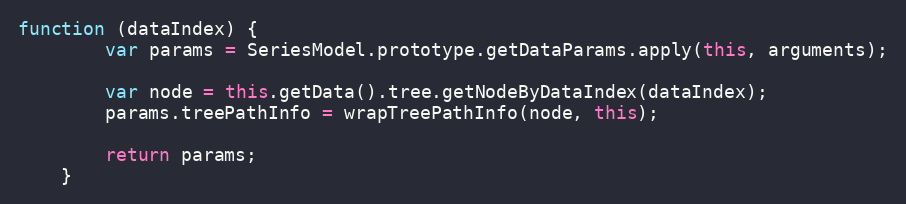
Language: JavaScript
function (dataIndex) {
        var params = SeriesModel.prototype.getDataParams.apply(this, arguments);

        var node = this.getData().tree.getNodeByDataIndex(dataIndex);
        params.treePathInfo = wrapTreePathInfo(node, this);

        return params;
    }